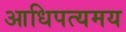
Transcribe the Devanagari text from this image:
आधिपत्यमय